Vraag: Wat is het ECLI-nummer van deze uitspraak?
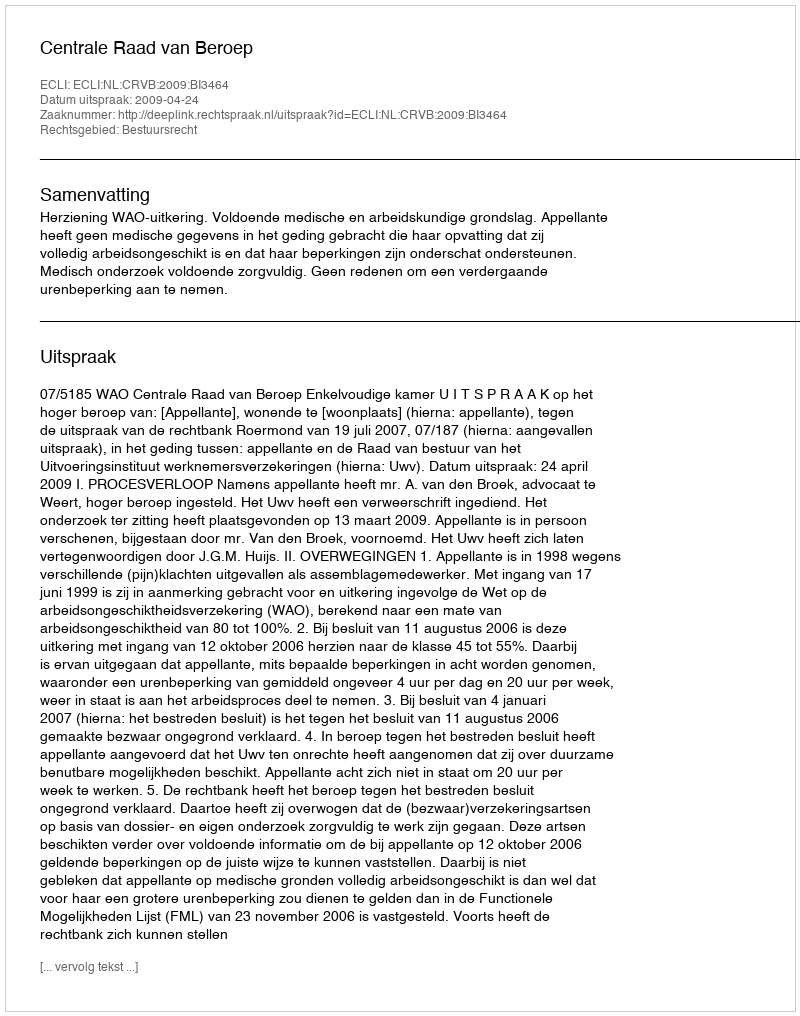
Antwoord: ECLI:NL:CRVB:2009:BI3464